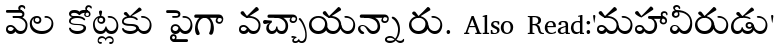
వేల కోట్లకు పైగా వచ్చాయన్నారు. Also Read:'మహావీరుడు'